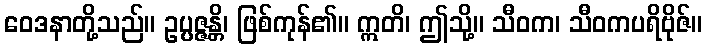
ဝေဒနာတို့သည်။ ဥပ္ပဇ္ဇန္တိ၊ ဖြစ်ကုန်၏။ ဣတိ၊ ဤသို့။ သီဝက၊ သီဝကပရိဗိုဇ်။